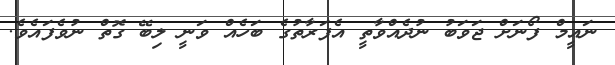
ނައީމް ފޯނަށް ޖަވަބު ނުދެއްވާތީ އެފަރާތުގެ ބަހެއް ވަނީ ލިބޭ ގޮތް ނުވެފައެވެ.